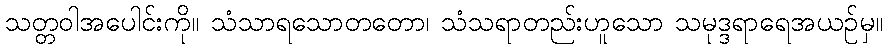
သတ္တဝါအပေါင်းကို။ သံသာရသောတတော၊ သံသရာတည်းဟူသော သမုဒ္ဒရာရေအယဉ်မှ။